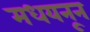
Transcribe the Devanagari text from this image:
मधयनून